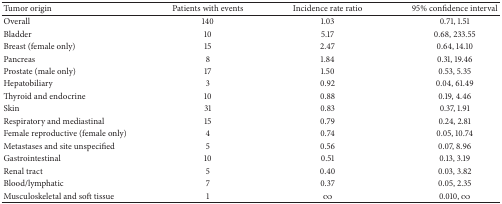
<table><thead><tr><td><b>Tumor origin</b></td><td><b>Patients with events</b></td><td><b>Incidence rate ratio</b></td><td><b>95% confidence interval </b></td></tr></thead><tbody><tr><td>Overall</td><td>140</td><td>1.03</td><td>0.71, 1.51</td></tr><tr><td>Bladder</td><td>10</td><td>5.17 </td><td>0.68, 233.55 </td></tr><tr><td>Breast (female only)</td><td>15</td><td>2.47</td><td>0.64, 14.10</td></tr><tr><td>Pancreas</td><td>8</td><td>1.84</td><td>0.31, 19.46</td></tr><tr><td>Prostate (male only)</td><td>17</td><td>1.50</td><td>0.53, 5.35</td></tr><tr><td>Hepatobiliary</td><td>3</td><td>0.92</td><td>0.04, 61.49</td></tr><tr><td>Thyroid and endocrine</td><td>10</td><td>0.88</td><td>0.19, 4.46</td></tr><tr><td>Skin</td><td>31</td><td>0.83</td><td>0.37, 1.91</td></tr><tr><td>Respiratory and mediastinal</td><td>15</td><td>0.79</td><td>0.24, 2.81</td></tr><tr><td>Female reproductive (female only)</td><td>4</td><td>0.74</td><td>0.05, 10.74</td></tr><tr><td>Metastases and site unspecified</td><td>5</td><td>0.56</td><td>0.07, 8.96</td></tr><tr><td>Gastrointestinal</td><td>10</td><td>0.51</td><td>0.13, 3.19</td></tr><tr><td>Renal tract</td><td>5</td><td>0.40</td><td>0.03, 3.82</td></tr><tr><td>Blood/lymphatic</td><td>7</td><td>0.37</td><td>0.05, 2.35</td></tr><tr><td>Musculoskeletal and soft tissue</td><td>1</td><td><i>∞</i></td><td>0.010, <i>∞</i></td></tr></tbody></table>